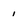
Character: i